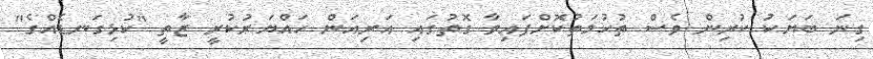
ގިނަ ބަޔަކު ކުރިން ވެސް ތުހުމަތުކޮށްފައިވާ ގޮތުގައި އަރިއަން ހައްޔަރުކުރީ ޒާތީ "ކުޅިގަނޑެއްގެ"